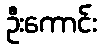
ဦးကောင်း